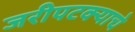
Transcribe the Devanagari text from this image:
जरीपटक्याचे